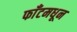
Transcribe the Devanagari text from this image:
फाँटमधून